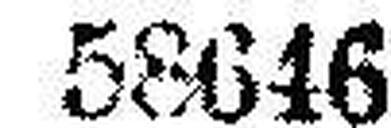
58646